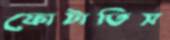
ফোটাতিস